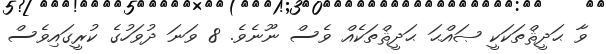
ވާ ޙަދީޘްތަކަކީ ޞައްޙަ ޙަދީޘްތަކެއް ވެސް ނޫނެވެ. 8 ވަނަ ދުވަހުގެ ކުރީގައިވެސް